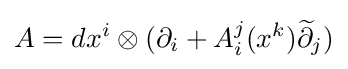
A=dx^{i}\otimes (\partial _{i}+A_{i}^{j}(x^{k}){\widetilde {\partial }}_{j})